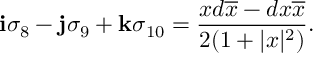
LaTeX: { \bf i } \sigma _ { 8 } - { \bf j } \sigma _ { 9 } + { \bf k } \sigma _ { 1 0 } = { \frac { x d \overline { { { x } } } - d { x } \overline { { { x } } } } { 2 ( 1 + | x | ^ { 2 } ) } } .